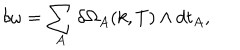
LaTeX: \delta \omega = \sum _ { A } \delta \Omega _ { A } ( k , T ) \wedge d t _ { A } ,